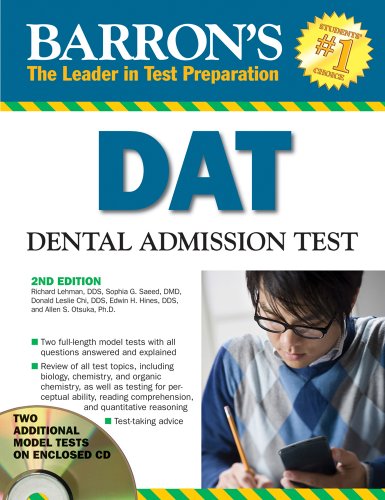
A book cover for Barron's DAT: Dental Admissions Test; Richard Lehman D.D.S.; Education & Teaching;